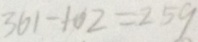
3 6 1 - 1 0 2 = 2 5 9